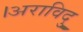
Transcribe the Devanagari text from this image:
।अराविदु